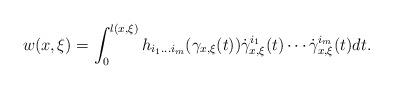
LaTeX: \begin{align*}w(x,\xi) = \int_0^{l(x,\xi)} h_{i_1\dots i_m}(\gamma_{x,\xi}(t))\dot{\gamma}_{x,\xi}^{i_1}(t)\cdots \dot{\gamma}_{x,\xi}^{i_m}(t)dt.\end{align*}